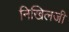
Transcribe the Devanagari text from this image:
निखिलजी